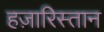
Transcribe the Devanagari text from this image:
हज़ारिस्तान